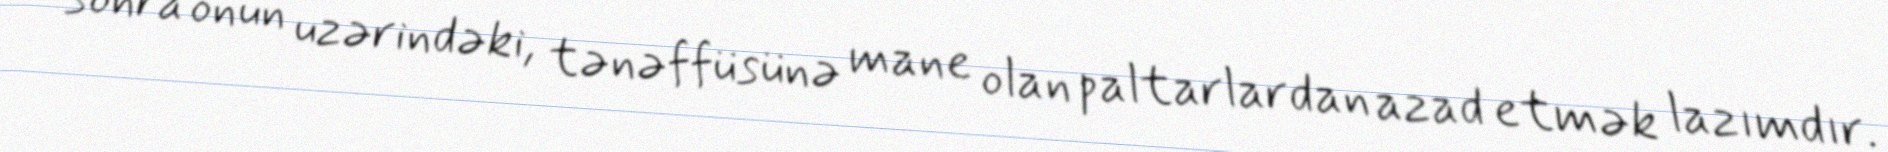
sonra onun uzərindəki, tənəffüsünə mane olan paltarlardan azad etmək lazımdır.